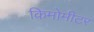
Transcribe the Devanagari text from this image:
किमोमीटर